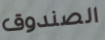
الصندوق